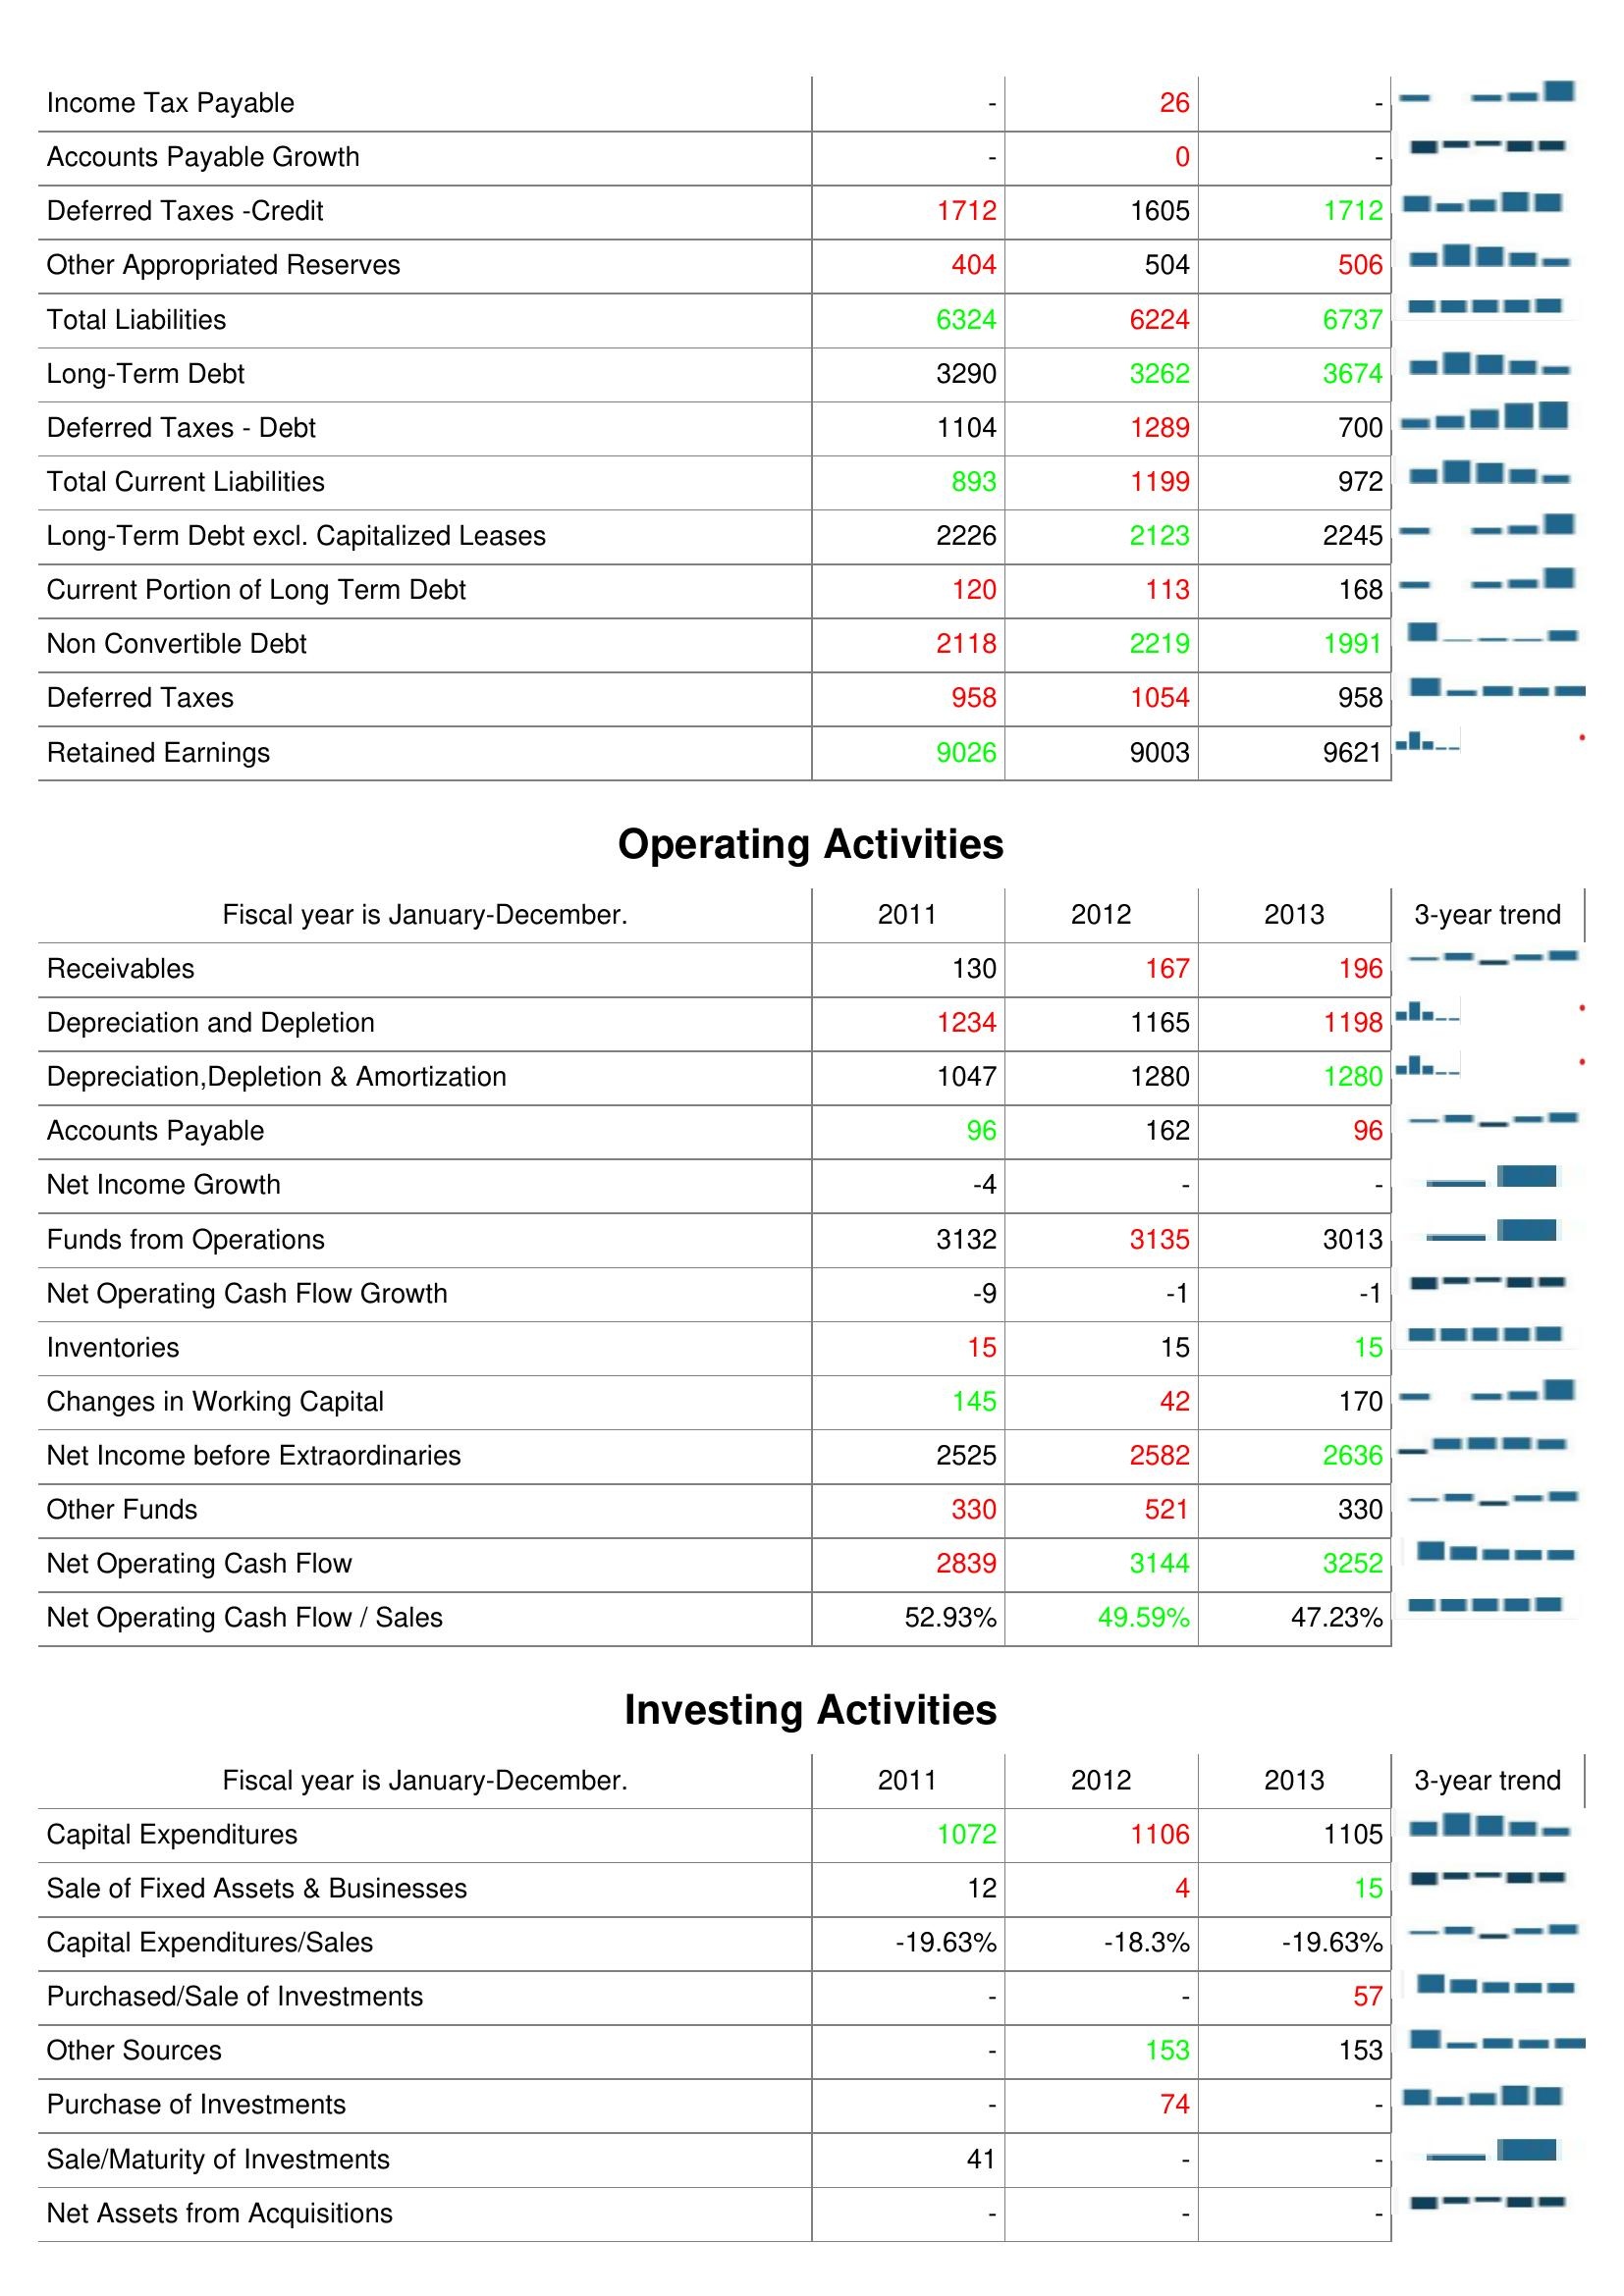
2011: Liabilities & Shareholder's Equity: Income Tax Payable: -
Accounts Payable Growth: -
Deferred Taxes -Credit: 1712
Other Appropriated Reserves: 404
Total Liabilities: 6324
Long-Term Debt: 3290
Deferred Taxes - Debt: 1104
Total Current Liabilities: 893
Long-Term Debt excl. Capitalized Leases: 2226
Current Portion of Long Term Debt: 120
Non Convertible Debt: 2118
Deferred Taxes: 958
Retained Earnings: 9026
Operating Activities: Receivables: 130
Depreciation and Depletion: 1234
Depreciation,Depletion & Amortization: 1047
Accounts Payable: 96
Net Income Growth: -4
Funds from Operations: 3132
Net Operating Cash Flow Growth: -9
Inventories: 15
Changes in Working Capital: 145
Net Income before Extraordinaries: 2525
Other Funds: 330
Net Operating Cash Flow: 2839
Net Operating Cash Flow / Sales: 52.93%
Investing Activities: Capital Expenditures: 1072
Sale of Fixed Assets & Businesses: 12
Capital Expenditures/Sales: -19.63%
Purchased/Sale of Investments: -
Other Sources: -
Purchase of Investments: -
Sale/Maturity of Investments: 41
Net Assets from Acquisitions: -
2012: Liabilities & Shareholder's Equity: Income Tax Payable: 26
Accounts Payable Growth: 0
Deferred Taxes -Credit: 1605
Other Appropriated Reserves: 504
Total Liabilities: 6224
Long-Term Debt: 3262
Deferred Taxes - Debt: 1289
Total Current Liabilities: 1199
Long-Term Debt excl. Capitalized Leases: 2123
Current Portion of Long Term Debt: 113
Non Convertible Debt: 2219
Deferred Taxes: 1054
Retained Earnings: 9003
Operating Activities: Receivables: 167
Depreciation and Depletion: 1165
Depreciation,Depletion & Amortization: 1280
Accounts Payable: 162
Net Income Growth: -
Funds from Operations: 3135
Net Operating Cash Flow Growth: -1
Inventories: 15
Changes in Working Capital: 42
Net Income before Extraordinaries: 2582
Other Funds: 521
Net Operating Cash Flow: 3144
Net Operating Cash Flow / Sales: 49.59%
Investing Activities: Capital Expenditures: 1106
Sale of Fixed Assets & Businesses: 4
Capital Expenditures/Sales: -18.3%
Purchased/Sale of Investments: -
Other Sources: 153
Purchase of Investments: 74
Sale/Maturity of Investments: -
Net Assets from Acquisitions: -
2013: Liabilities & Shareholder's Equity: Income Tax Payable: -
Accounts Payable Growth: -
Deferred Taxes -Credit: 1712
Other Appropriated Reserves: 506
Total Liabilities: 6737
Long-Term Debt: 3674
Deferred Taxes - Debt: 700
Total Current Liabilities: 972
Long-Term Debt excl. Capitalized Leases: 2245
Current Portion of Long Term Debt: 168
Non Convertible Debt: 1991
Deferred Taxes: 958
Retained Earnings: 9621
Operating Activities: Receivables: 196
Depreciation and Depletion: 1198
Depreciation,Depletion & Amortization: 1280
Accounts Payable: 96
Net Income Growth: -
Funds from Operations: 3013
Net Operating Cash Flow Growth: -1
Inventories: 15
Changes in Working Capital: 170
Net Income before Extraordinaries: 2636
Other Funds: 330
Net Operating Cash Flow: 3252
Net Operating Cash Flow / Sales: 47.23%
Investing Activities: Capital Expenditures: 1105
Sale of Fixed Assets & Businesses: 15
Capital Expenditures/Sales: -19.63%
Purchased/Sale of Investments: 57
Other Sources: 153
Purchase of Investments: -
Sale/Maturity of Investments: -
Net Assets from Acquisitions: -